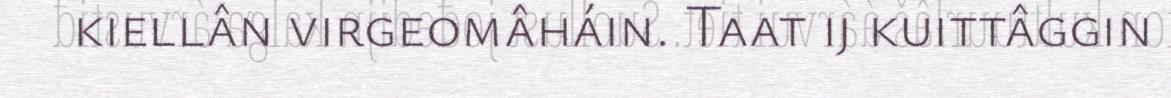
kiellân virgeomâháin. Taat ij kuittâggin